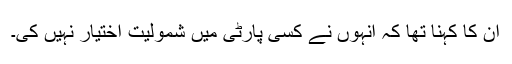
ان کا کہنا تھا کہ انہوں نے کسی پارٹی میں شمولیت اختیار نہیں کی۔